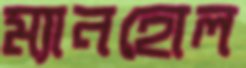
ম্যানহোল